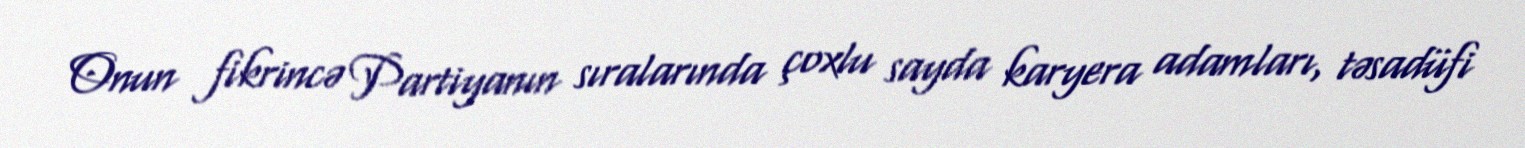
Onun fikrincə Partiyanın sıralarında çoxlu sayda karyera adamları, təsadüfi